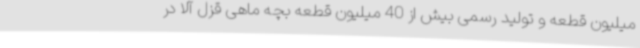
میلیون قطعه و تولید رسمی بیش از 40 میلیون قطعه بچه ماهی قزل آلا در